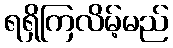
ရရှိကြလိမ့်မည်